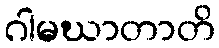
ဂါမဃာတာတိ